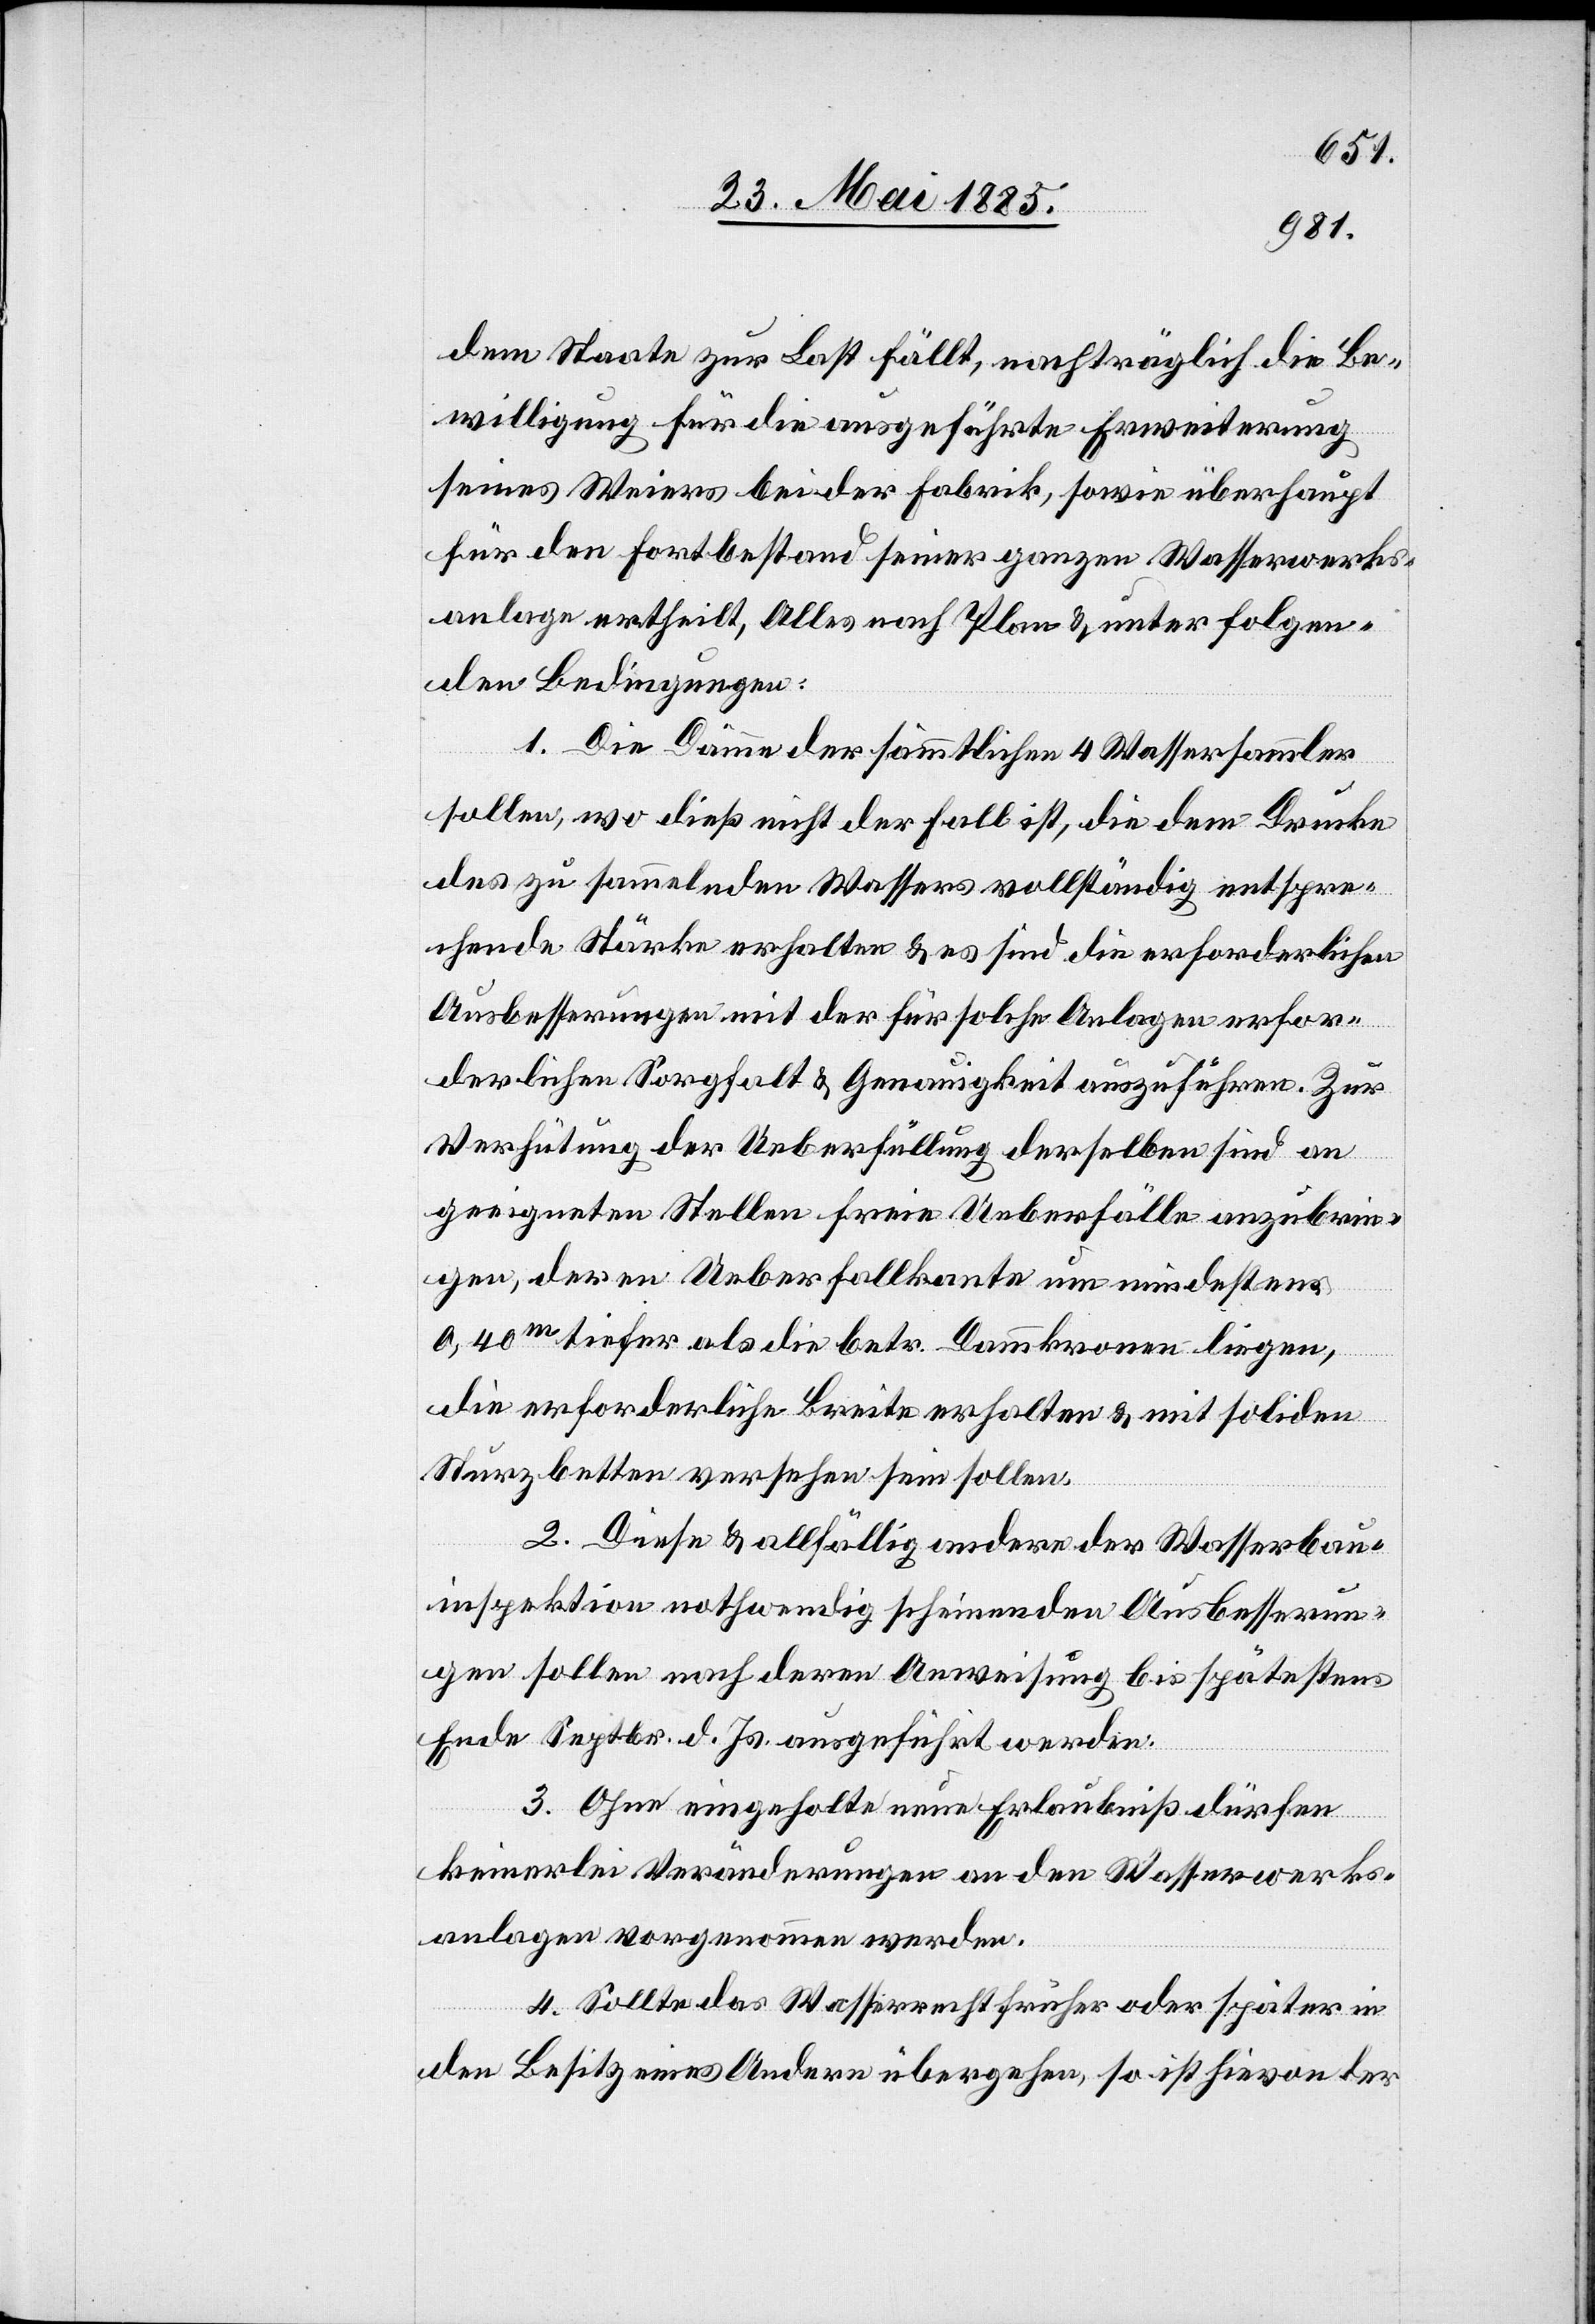
dem Staate zur Last fällt, nachträglich die Be¬
willigung für die ausgeführte Erweiterung
seines Weiers bei der Fabrik, sowie überhaupt
für den Fortbestand seiner ganzen Wasserwerks¬
anlage ertheilt, Alles nach Plan & unter folgen¬
den Bedingungen:
1. Die Dämme der sämmtlichen 4 Wassersammler
sollen, wo dieß nicht der Fall ist die dem Drucke
des zu sammelnden Wassers vollständig entspre¬
chende Stärke erhalten & es sind die erforderlichen
Ausbesserungen mit der für solche Anlagen erfor¬
derlichen Sorgfalt & Genauigkeit auszuführen. Zur
Verhütung der Ueberfüllung derselben sind an
geeigneten Stellen freie Ueberfälle anzubrin¬
gen, deren Ueberfallkante um mindestens
0,40 m tiefer als die betr. Dammkronen liegen,
die erforderliche Breite erhalten & mit soliden
Sturzbetten versehen sein sollen.
2. Diese & allfällig andere der Wasserbau¬
inspektion nothwendig scheinenden Ausbesserun¬
gen sollen nach deren Anweisung bis spätestens
Ende Septbr. d. Js. ausgeführt werden.
3. Ohne eingeholte neue Erlaubniß dürfen
keinerlei Veränderungen an den Wasserwerks¬
anlagen vorgenommen werden.
4. Sollte das Wasserrecht früher oder später in
den Besitz eines Andern übergehen, so ist hievon der